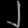
Digit: ၂